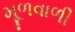
મૂળવાળી